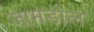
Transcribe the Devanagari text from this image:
जामडोल